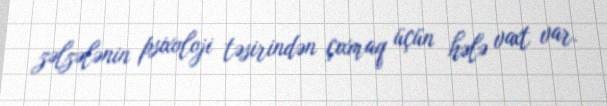
zəlzələnin psixoloji təsirindən çıxmaq üçün hələ vaxt var.